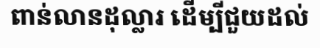
ពាន់លានដុល្លារ ដើម្បីជួយដល់